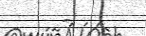
-